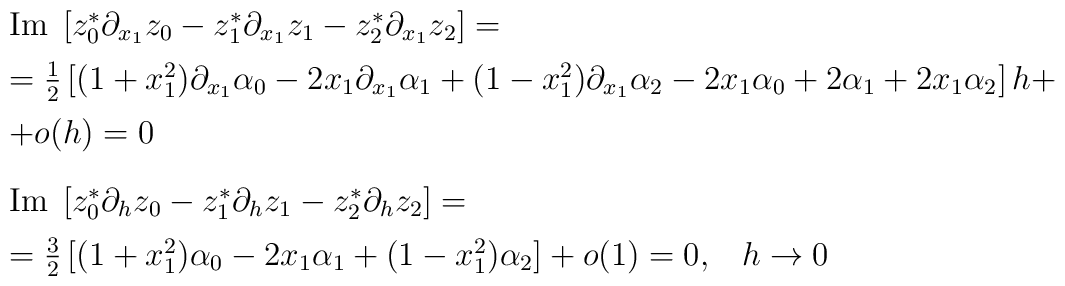
\begin{array}{l}\mbox{Im}\;\left[z_0^* \partial_{x_1} z_0 -z_1^* \partial_{x_1} z_1 - z_2^* \partial_{x_1} z_2\right]=\\[5pt]={1\over 2}\left[(1+x_1^2)\partial_{x_1} \alpha_0-2x_1\partial_{x_1}\alpha_1+(1-x_1^2)\partial_{x_1}\alpha_2 -2x_1\alpha_0+2\alpha_1+2x_1\alpha_2\right]h+\\[5pt]+o(h)=0\\[10pt]\mbox{Im}\;\left[z_0^* \partial_h z_0 -z_1^* \partial_h z_1 - z_2^* \partial_h z_2\right]=\\[5pt]={3\over 2}\left[(1+x_1^2)\alpha_0-2x_1\alpha_1+(1-x_1^2)\alpha_2\right]+o(1)=0,\;\;\; h\to 0\end{array}